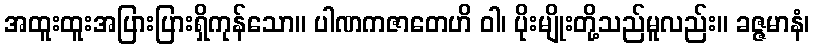
အထူးထူးအပြားပြားရှိကုန်သော။ ပါဏကဇာတေဟိ ဝါ၊ ပိုးမျိုးတို့သည်မူလည်း။ ခဇ္ဇမာနံ၊